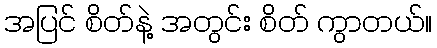
အပြင် စိတ်နဲ့ အတွင်း စိတ် ကွာတယ်။